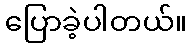
ပြောခဲ့ပါတယ်။